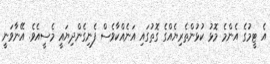
އެ ޓީމުގެ އެންމެ މޮޅު ކުޅުންތެރިޔެއްގެ ގޮތުގައި އަނެއްކާވެސް ފެނިގެންދިޔައީ މެސީއެވެ. އޭނާވަނީ